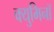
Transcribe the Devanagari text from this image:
क्युमिनॉ